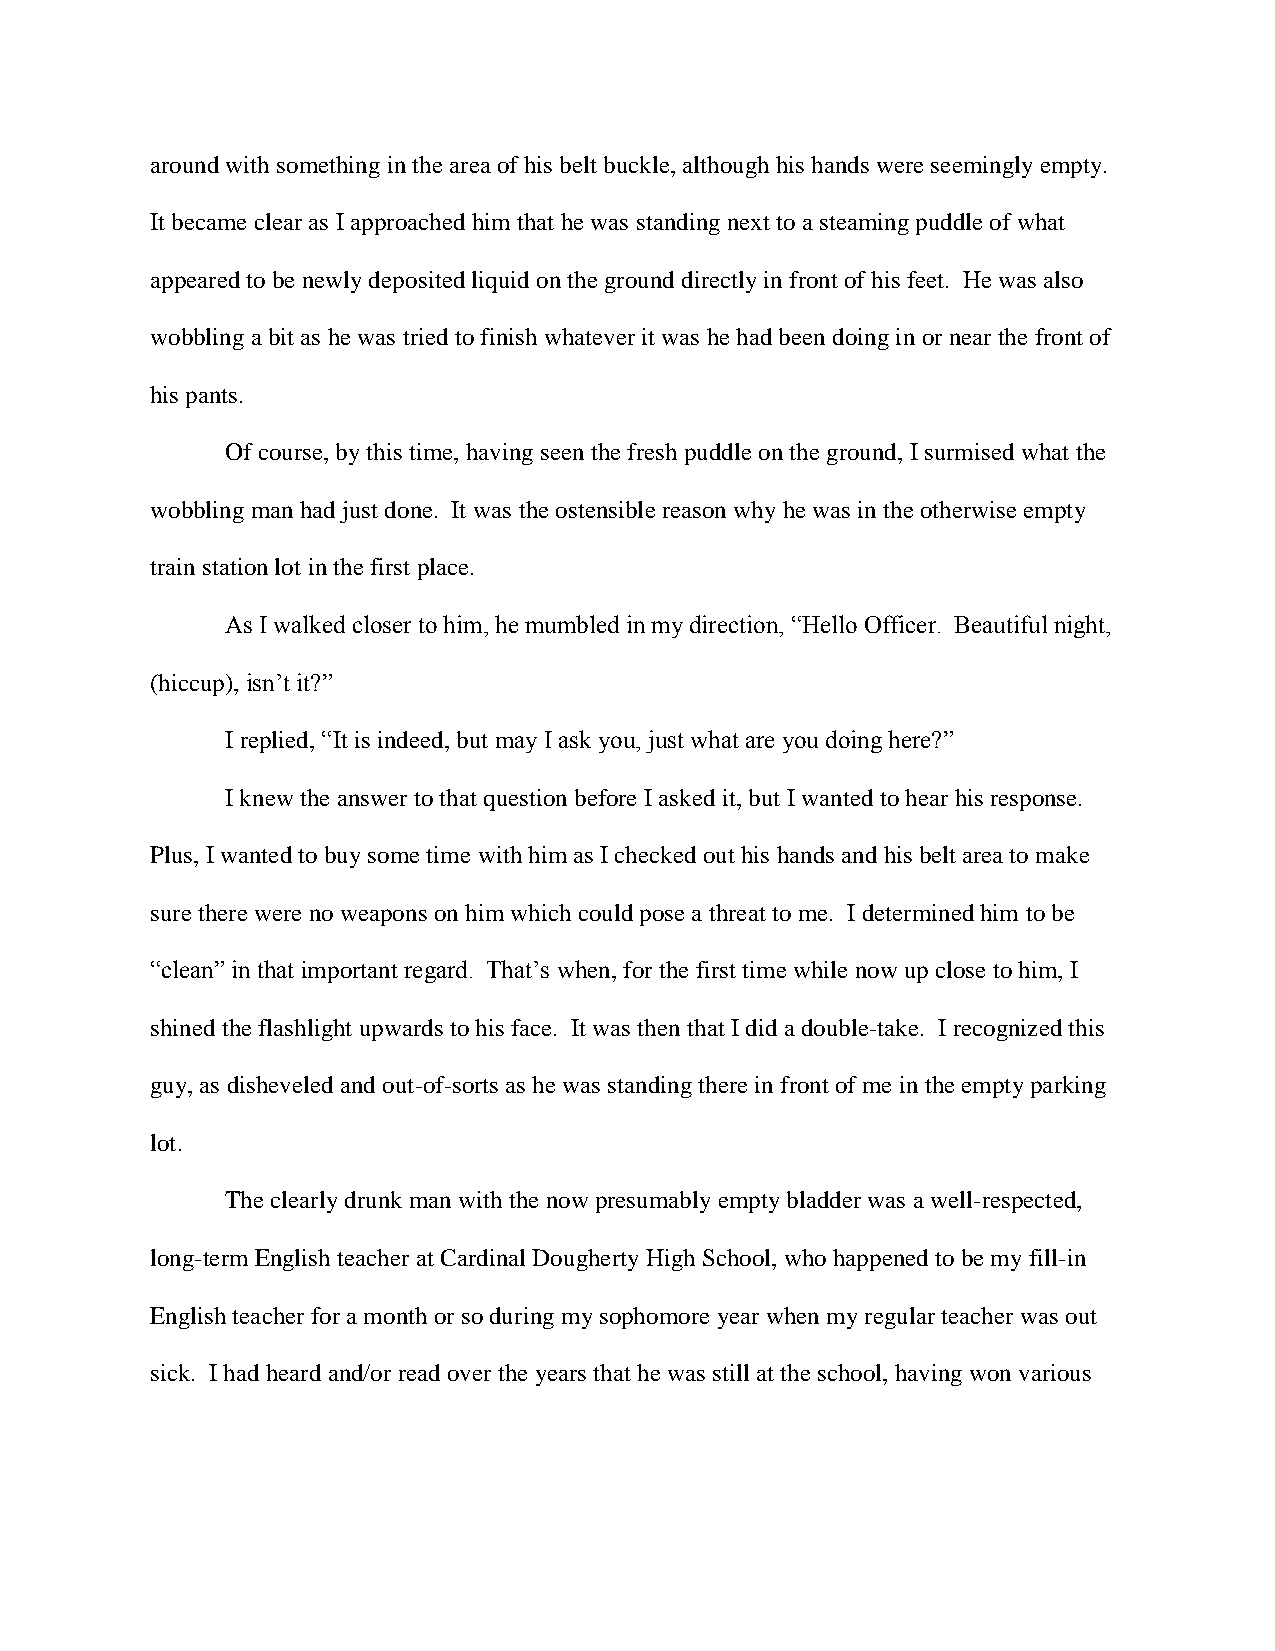
around with something in the area of his belt buckle, although his hands were seemingly empty.
 It became clear as I approached him that he was standing next to a steaming puddle of what
 appeared to be newly deposited liquid on the ground directly in front of his feet. He was also
 wobbling a bit as he was tried to finish whatever it was he had been doing in or near the front of
 his pants.
 Of course, by this time, having seen the fresh puddle on the ground, I surmised what the
 wobbling man had just done. It was the ostensible reason why he was in the otherwise empty
 train station lot in the first place.
 As I walked closer to him, he mumbled in my direction, “Hello Officer. Beautiful night,
 (hiccup), isn’t it?”
 I replied, “It is indeed, but may I ask you, just what are you doing here?”
 I knew the answer to that question before I asked it, but I wanted to hear his response.
 Plus, I wanted to buy some time with him as I checked out his hands and his belt area to make
 sure there were no weapons on him which could pose a threat to me. I determined him to be
 “clean” in that important regard. That’s when, for the first time while now up close to him, I
 shined the flashlight upwards to his face. It was then that I did a double-take. I recognized this
 guy, as disheveled and out-of-sorts as he was standing there in front of me in the empty parking
 lot.
 The clearly drunk man with the now presumably empty bladder was a well-respected,
 long-term English teacher at Cardinal Dougherty High School, who happened to be my fill-in
 English teacher for a month or so during my sophomore year when my regular teacher was out
 sick. I had heard and/or read over the years that he was still at the school, having won various